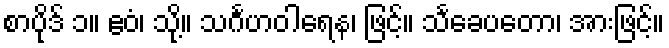
စာပိုဒ် ၁။ ဧဝံ၊ သို့။ သင်္ဂဟဝါရေန၊ ဖြင့်။ သင်္ခေပတော၊ အားဖြင့်။